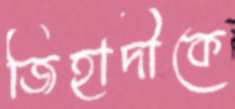
জিহাদীকে